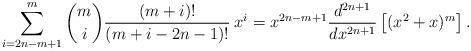
LaTeX: \begin{align*} \sum\limits_{i=2n-m+1}^m {m \choose i} \frac{(m + i)!}{(m+i-2n-1)!}\:x^{i}=x^{2n-m+1}\frac{d^{2n+1}}{dx^{2n+1}} \left[ (x^2+x)^{m} \right].\end{align*}